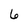
Character: 6